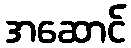
အဆောင်